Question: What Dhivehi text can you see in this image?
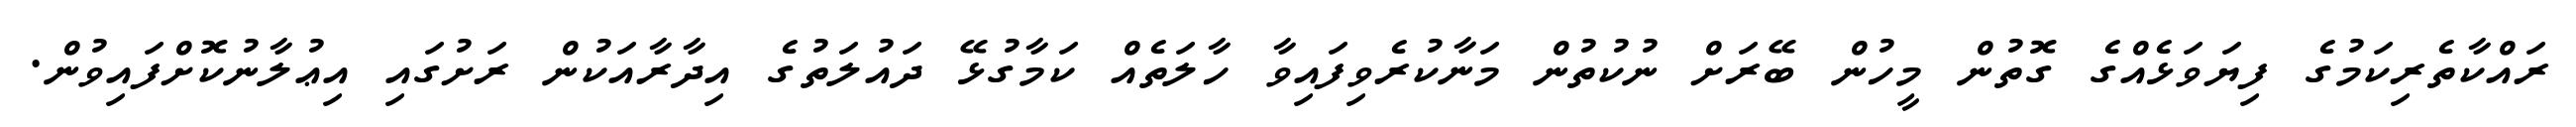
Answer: ރައްކާތެރިކަމުގެ ފިޔަވަޅެއްގެ ގޮތުން މީހުން ބޭރަށް ނުކުތުން މަނާކުރެވިފައިވާ ހާލަތެއް ކަމާގުޅޭ ދައުލަތުގެ އިދާރާއަކުން ރަށުގައި އިޢުލާނުކޮށްފައިވުން.